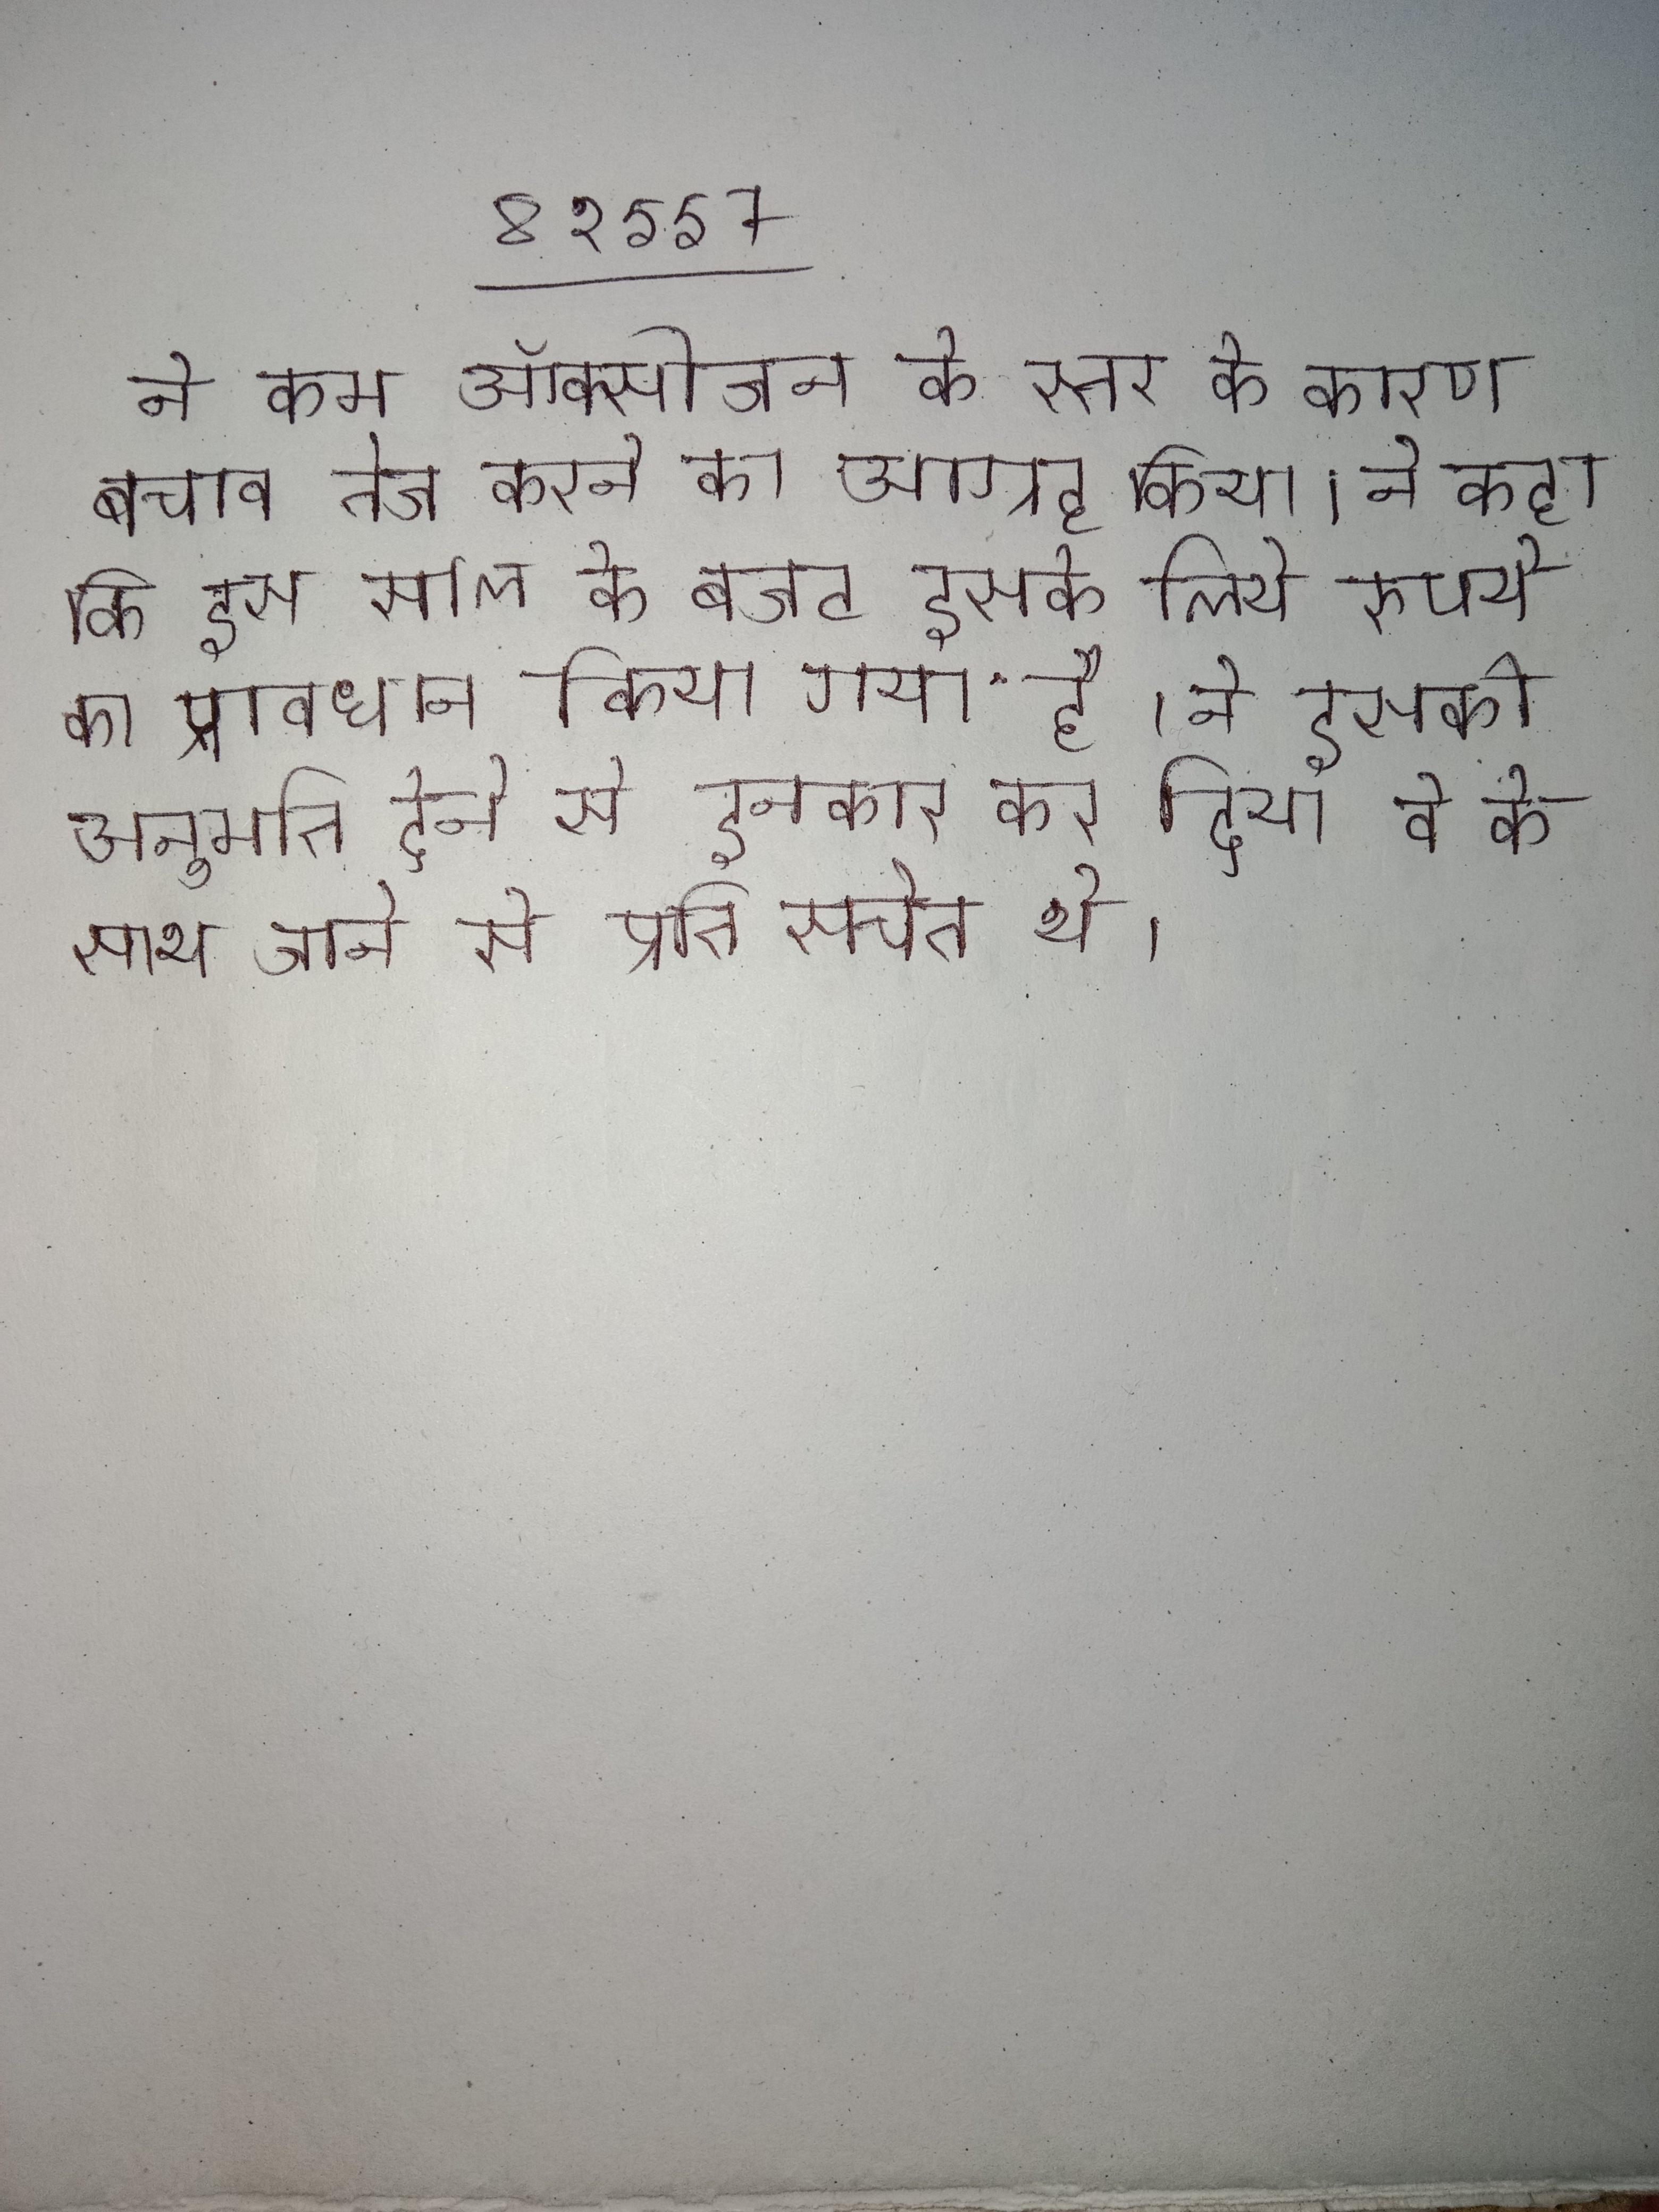
ने कम ऑक्सीजन के स्तर के कारण बचाव तेज करने का आग्रह किया । ने कहा कि इस साल के बजट इसके लिये रुपये का प्रावधान किया गया है । ने इसकी अनुमति देने से इनकार कर दिया वे के साथ जाने से प्रति सचेत थे ।